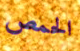
الحمص